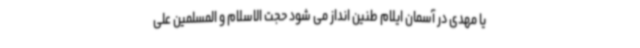
یا مهدی در آسمان ایلام طنین انداز می شود حجت الاسلام و المسلمین علی